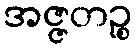
အဇ္ဇတဉ္စ